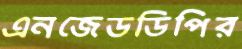
এনজেডডিপির